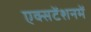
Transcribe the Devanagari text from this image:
एक्सटेंशनमें